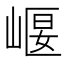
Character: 𡹶